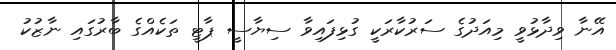
އޭނާ ވިދާޅުވީ މިއަދުގެ ސަރުކާރަކީ ގުޅިފައިވާ ސިޔާސީ ޕާޓީ ތަކެއްގެ ބާރުގައި ނާޒުކު